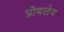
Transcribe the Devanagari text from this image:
प्रोबलेम